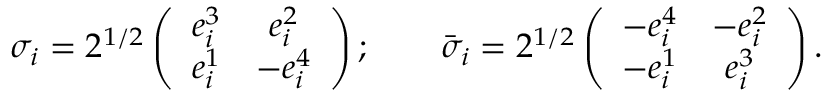
\sigma _ { i } = 2 ^ { 1 / 2 } \left( \begin{array} { c c } { { e _ { i } ^ { 3 } } } & { { e _ { i } ^ { 2 } } } \\ { { e _ { i } ^ { 1 } } } & { { - e _ { i } ^ { 4 } } } \end{array} \right) ; \qquad \bar { \sigma } _ { i } = 2 ^ { 1 / 2 } \left( \begin{array} { c c } { { - e _ { i } ^ { 4 } } } & { { - e _ { i } ^ { 2 } } } \\ { { - e _ { i } ^ { 1 } } } & { { e _ { i } ^ { 3 } } } \end{array} \right) .